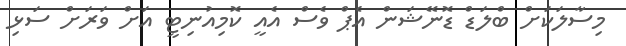
މިސާލަކަށް ބްލަޑް ޑޮނޭޝަން އެޕް ވެސް އެއީ ކޮމިއުނިޓީ އަށް ވަރަށް ސަޅި